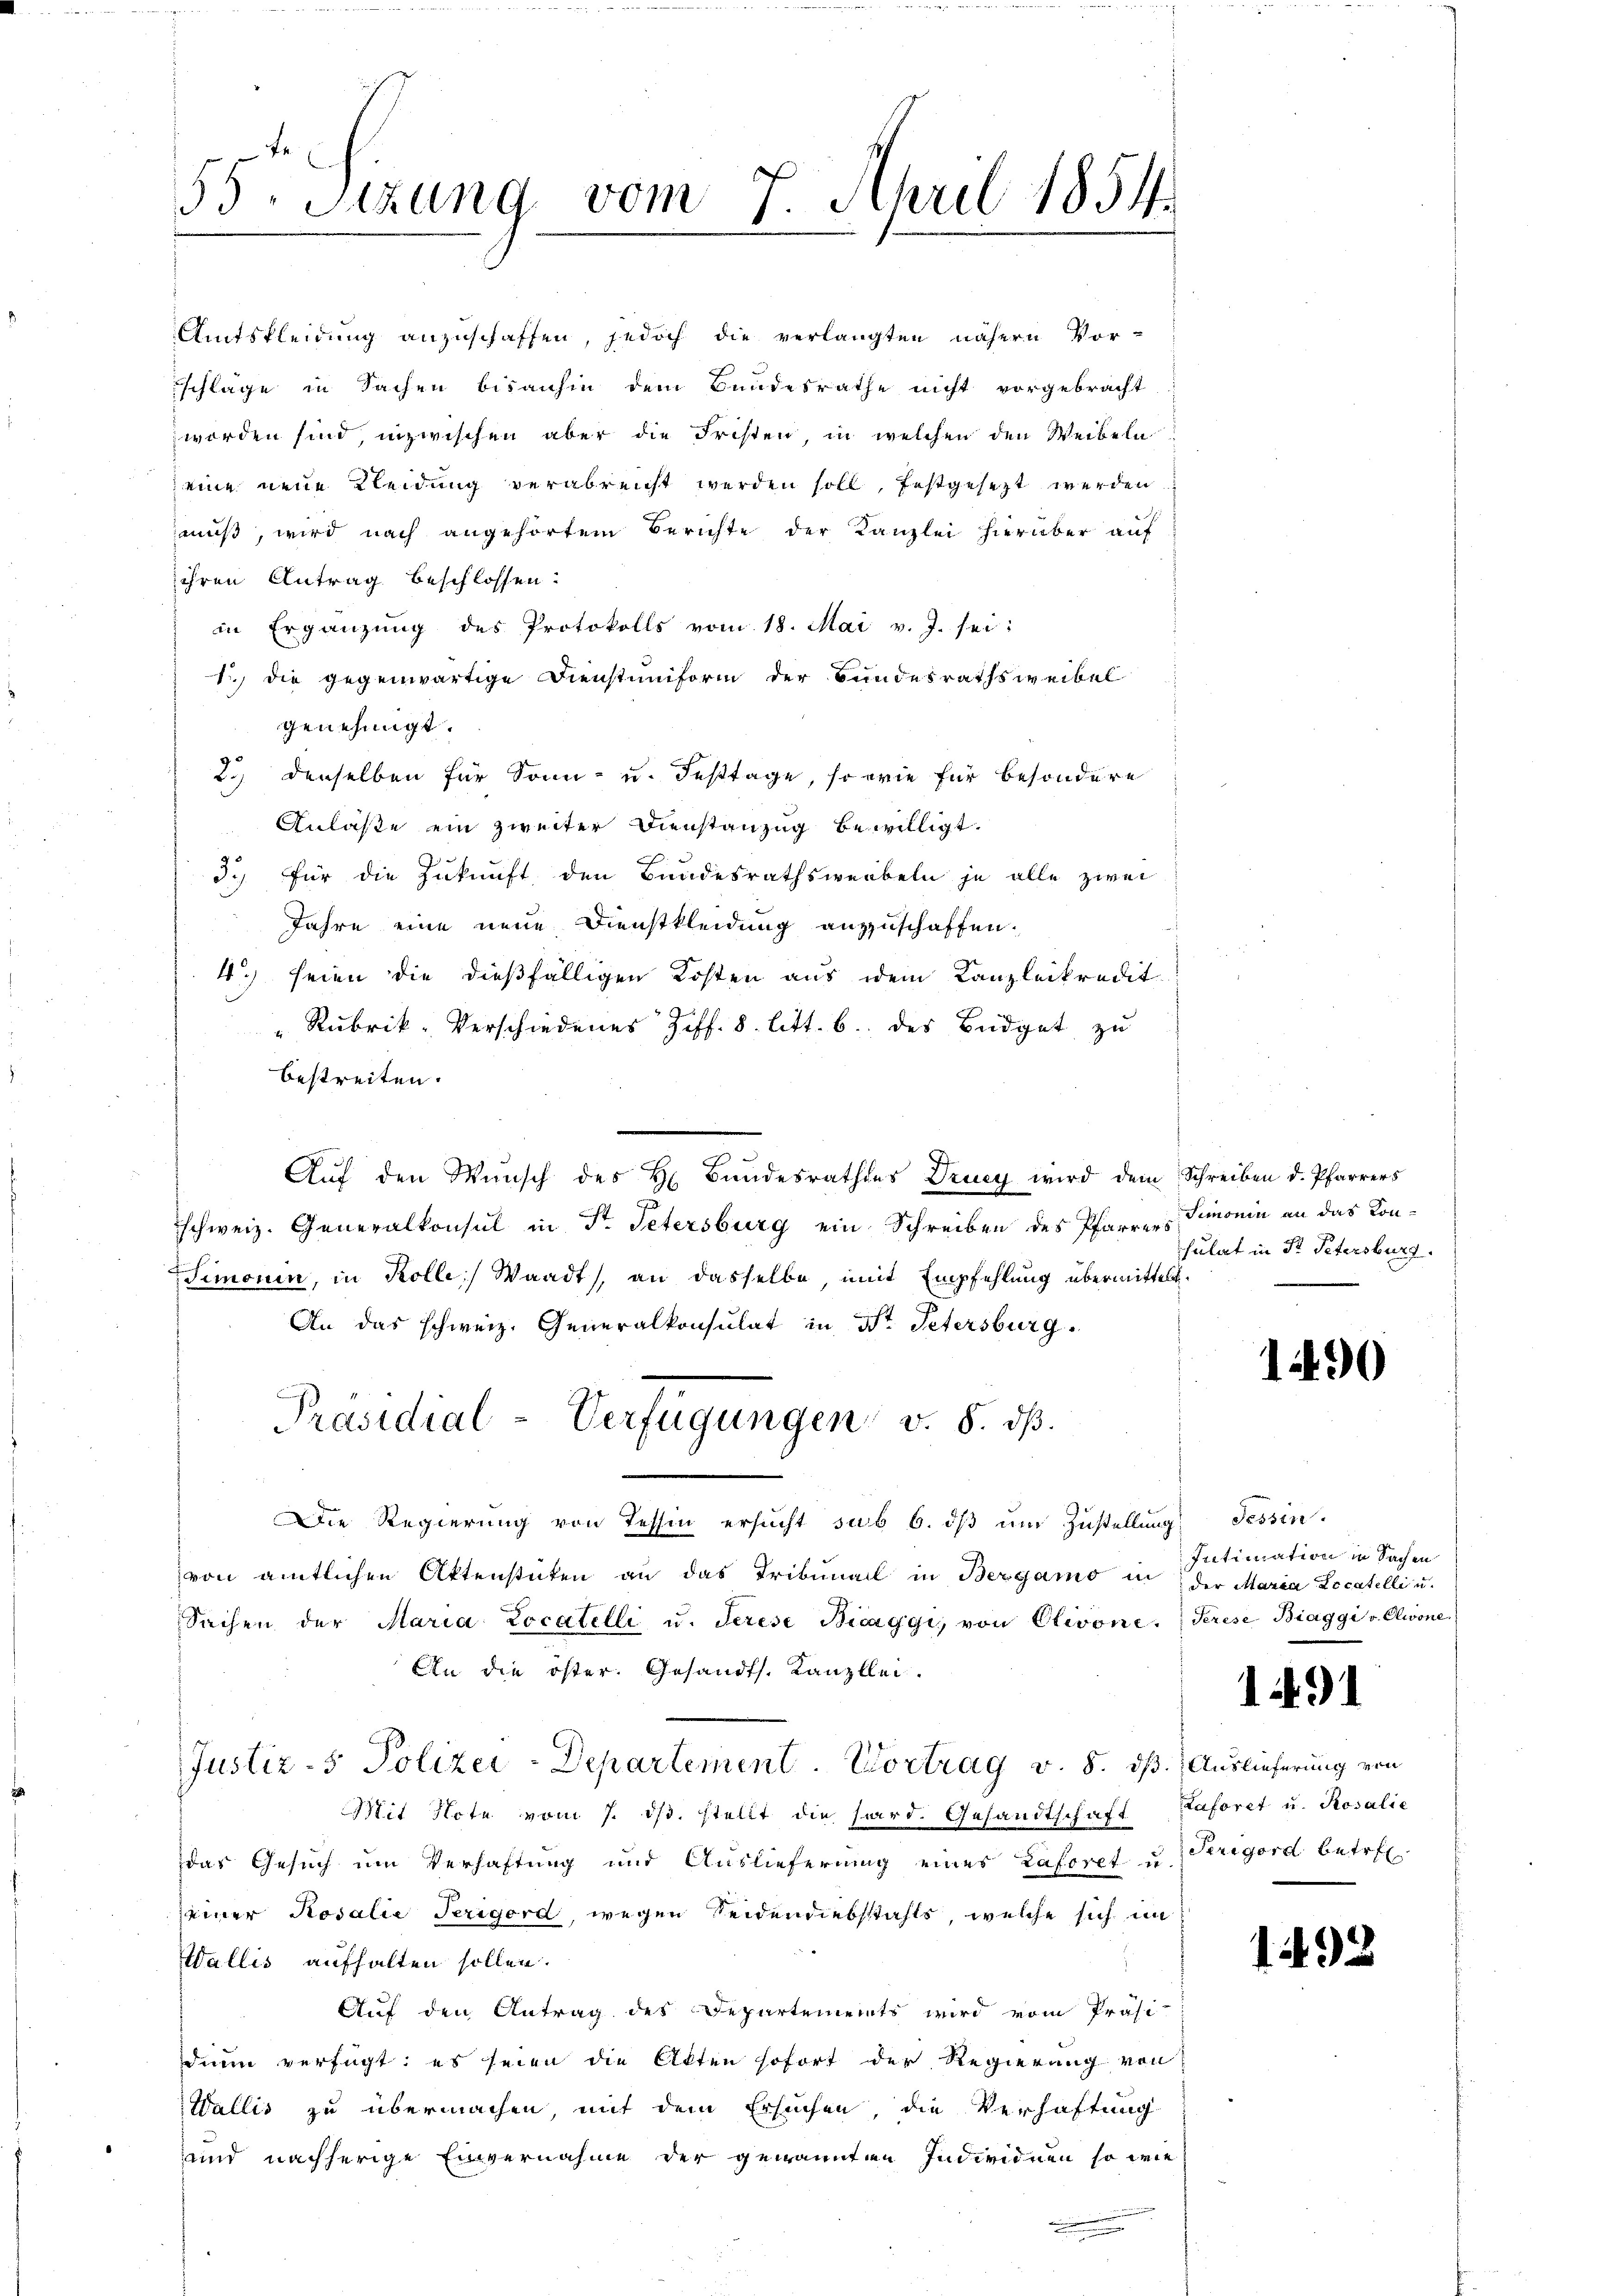
55 Sizung vom 7. April 1854.
.
.
.

Amtskleidung anzuschaffen, jedoch die verlangten nähern Vor-
schlage in Sachen bisanhin dem Bundesrathe nicht vorgebracht
worden sind, inzwischen aber die Fristen, in welchen den Weibeln
eine neue Kleidung verabreicht werden soll, festgesezt werden
muß, wird nach angehörtem Berichte der Kanzlei hierüber auf
ihren Antrag beschlossen:
in Ergänzung des Protokolls vom 18. Mai v. J. sei:
1) die gegenwärtige Dienstuniform der Bundesrathsweibel
genehmigt.
2.) denselben für Sonn- u. Festtage, so wie für besondere
Anlaße ein zweiter Dienstanzug bewilligt.
3.) Für die Zukunft den Bundesrathswerbeln je alle zwei
Jahre eine neue Dienstkleidung anzuschaffen.
4.) seien die dießfälligen Kosten aus dem Kanzleikredit.
" Rubrik-Verschiedenes Ziff. 8. litt. b. des Büdget zu
bestreiten.
Auf den Wunsch des H. Bundesrathes Drucy wird dem Schreiben d. Pfarrers
schweiz. Generalkonsul in St. Petersburg ein Schreiben des Pfarrer Simonin an das Kon-
Simonin, in Kolle Waadt, an dasselbe, mit Empfehlung übermittelt.
An das schweiz. Generalkonsulat in Dr. Petersburg
Präsidial-Verfügungen v. 8. dβ.
Die Regierung von Tessin ersucht sub 6. dβ ŭm Zŭstellung Tessin.
von amtlichen Aktenstüken an das Tribunal in Bergamo in der Maria Locatelli u.
Sachen der Maria Locatelli u. Terese Bicaggi, von Olivone. Serese Biaggi v. Olwone
An die öster. Gesandt. Kanzlei-
Justiz- & Polizei-Departement. Vortrag v. 5. dß. Auslieferung von
Mit Nota vom 7. ds. stellt die hard. Gesandtschaft
das Gesuch um Verhaftung und Auslieferung eines Caforet u.
seiner Rosalie Terigord, wegen Seidendiebstahls, welche sich im
Wallis aufhalten sollen.
Auf den Antrag des Departements wird vom Präsi-
dumm verfügt: es seien die Akten sofort der Regierung von
Wallis zu übermachen, mit dem Ersuchen, die Verhaftung
und nachherige Einvernahme der gewannten Individuen so wie

sulat in St. Petersburg.

1490

Intimation in Sachen

1491

Laforet u. Rosalie
Trigord betre

1.

.